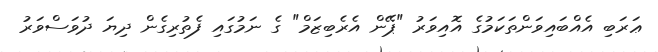
ޢަރަބި އެއްބައިވަންތަކަމުގެ އޮއިވަރު "ޕޭން އެރެބިޒަމް" ގެ ނަމުގައި ފެތުރިގެން ދިޔަ ދުވަސްވަރު